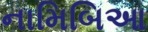
નામિબિઆ